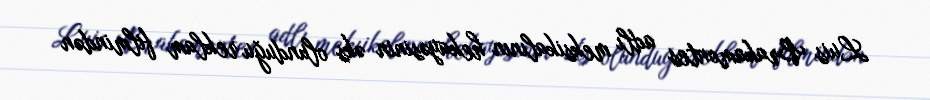
Luis Brakamontes adlı meksikalının hekayəsinin əks olunduğu reklam filmindən